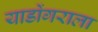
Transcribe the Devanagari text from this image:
याडोंगराला